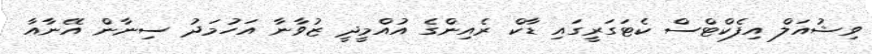
ވިޝުއަލް އިފެކްޓްސް ކެޓަގަރީގައި ޑާކް ރެއިންގެ އުއްމީދީ ޒުވާނާ އަހުމަދު ސިނާން އޭނާއާ